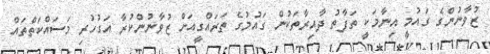
ޒުވާނުންގެ ގައުމީ އިނާމަކީ ތަފާތު ދާއިރާތަކުން ގައުމުގެ ތަރައްގީއަށް ޒުވާނުންކުރާ އަގުހުރި މަސައްކަތްތައް